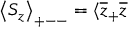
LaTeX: \left\langle S _ { z } \right\rangle _ { + -- } = \langle \overline { { { z } } } _ { + } \overline { { { z } } }